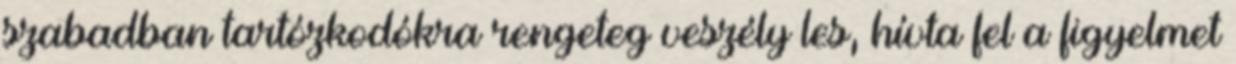
szabadban tartózkodókra rengeteg veszély les, hívta fel a figyelmet